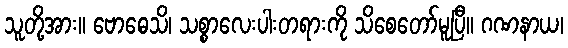
သူတို့အား။ ဗောဓေသိ၊ သစ္စာလေးပါးတရားကို သိစေတော်မူပြီ။ ဂဏနာယ၊